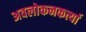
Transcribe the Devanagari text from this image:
अवलोकनकर्त्या